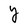
Character: Y